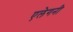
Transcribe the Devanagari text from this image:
एलेगनी